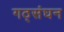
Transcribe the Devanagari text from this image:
गठ्संघन